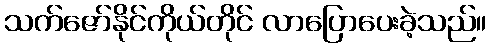
သက်ဇော်နိုင်ကိုယ်တိုင် လာပြောပေးခဲ့သည်။